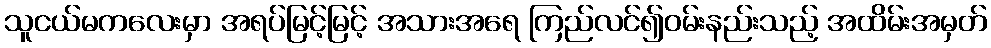
သူငယ်မကလေးမှာ အရပ်မြင့်မြင့် အသားအရေ ကြည်လင်၍ဝမ်းနည်းသည့် အထိမ်းအမှတ်